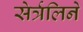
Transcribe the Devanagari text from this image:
सेर्त्रलिने